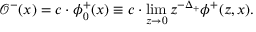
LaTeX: \mathcal { O } ^ { - } ( x ) = c \cdot \phi _ { 0 } ^ { + } ( x ) \equiv c \cdot \operatorname * { l i m } _ { z \to 0 } z ^ { - \Delta _ { + } } \phi ^ { + } ( z , x ) .